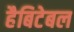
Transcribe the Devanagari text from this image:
हैबिटेबल